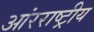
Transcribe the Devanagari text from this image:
आंरराष्ट्रीय